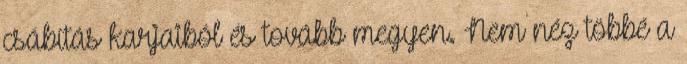
csábítás karjaiból és tovább megyen. Nem néz többé a